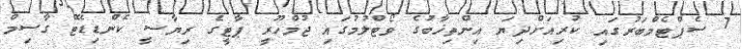
7 ސެޕްޓެމްބަރުގައި ކުރިއަށްދިޔަ އިންތިޚާބުގެ ވޯޓްލުމުގައި ޖުމްހޫރީ ޕާޓީގެ ރިޔާސީ ކެންޑިޑޭޓް ގާސިމް